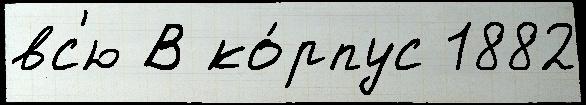
вс'ю В ко́рпус 1882